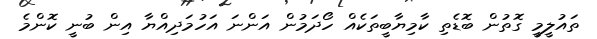
ތައުލީމީ ގޮތުން ބޮޑެތި ކާމިޔާބީތަކެއް ހޯދަމުން އަންނަ އަހުމަދިއްޔާ އިން ބުނީ ކޮންމެ